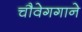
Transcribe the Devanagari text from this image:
चौवेगगाने